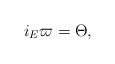
\begin{align*}i_{E}\varpi = \Theta,\end{align*}